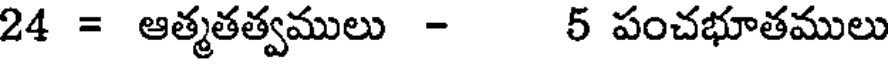
24 = ఆత్మతత్వములు - 5 పంచభూతములు